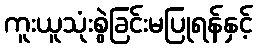
ကူးယူသုံးစွဲခြင်းမပြုရန်နှင့်